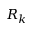
R _ { k }